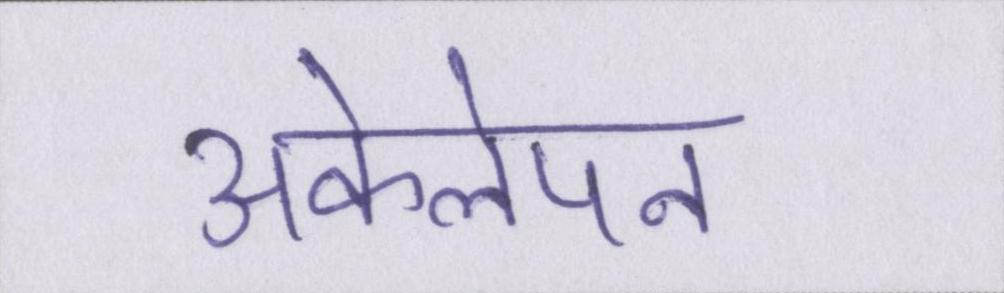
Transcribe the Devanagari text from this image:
अकेलेपन